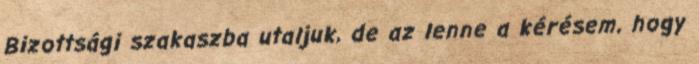
Bizottsági szakaszba utaljuk, de az lenne a kérésem, hogy